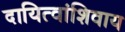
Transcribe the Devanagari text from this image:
दायित्वांशिवाय